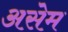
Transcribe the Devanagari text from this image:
असेम